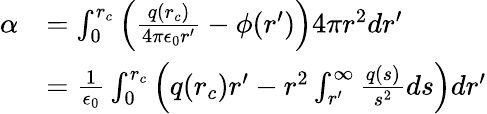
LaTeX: \begin{array}{rl}{\alpha}&{=\int_{0}^{r_{c}}\left(\frac{q(r_{c})}{4\pi\epsilon_{0}r^{\prime}}-\phi(r^{\prime})\right)4\pi r^{2}dr^{\prime}}\\ &{=\frac{1}{\epsilon_{0}}\int_{0}^{r_{c}}\left(q(r_{c})r^{\prime}-r^{2}\int_{r^{\prime}}^{\infty}\frac{q(s)}{s^{2}}ds\right)dr^{\prime}}\end{array}